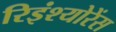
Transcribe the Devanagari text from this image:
रिइंश्योरेंस